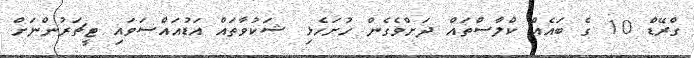
ގްރޭޑް 10 ގެ ބައެއް ކްލާސްތައް ދަށްވެގެން ހުށަހެޅި ޝަކުވާތައް އަޑުއައްސަވައި ޓީޗަރުންނަށް